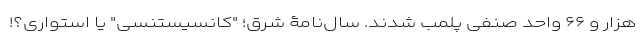
هزار و ۶۶ واحد صنفی پلمب شدند. سال‌نامۀ شرق؛ "کانسیستنسی" یا استواری؟!